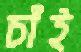
চাঁই